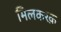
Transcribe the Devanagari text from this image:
मिलकरक़